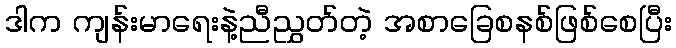
ဒါက ကျန်းမာရေးနဲ့ညီညွှတ်တဲ့ အစာခြေစနစ်ဖြစ်စေပြီး